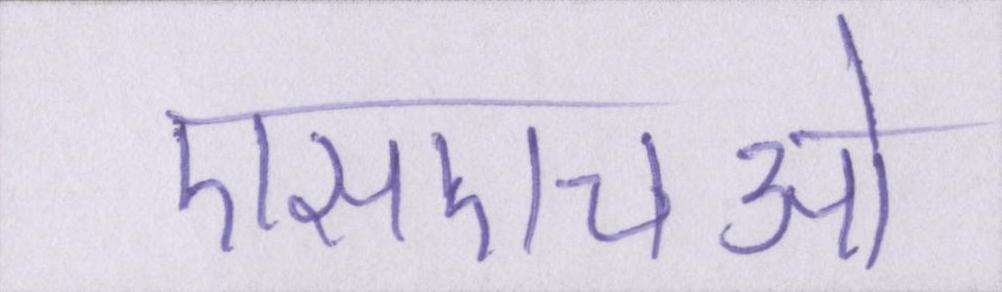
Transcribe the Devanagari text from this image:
एसएचओ